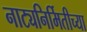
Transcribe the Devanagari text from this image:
नाट्यनिर्मितीच्या